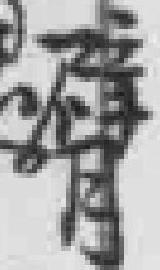
臂